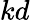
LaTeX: kd